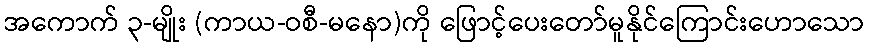
အကောက် ၃-မျိုး (ကာယ-ဝစီ-မနော)ကို ဖြောင့်ပေးတော်မူနိုင်ကြောင်းဟောသော